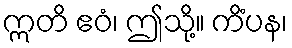
ဣတိ ဧဝံ၊ ဤသို့။ ကိံပန၊